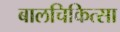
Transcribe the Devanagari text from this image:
बालचिकित्सा